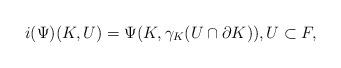
LaTeX: \begin{align*} i(\Psi)(K,U)=\Psi(K,\gamma_K(U\cap \partial K)),U\subset F,\end{align*}